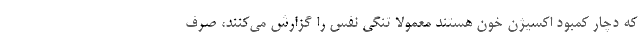
که دچار کمبود اکسیژن خون هستند معمولا تنگی نفس را گزارش می‌کنند، صرف